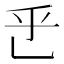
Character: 𬼡